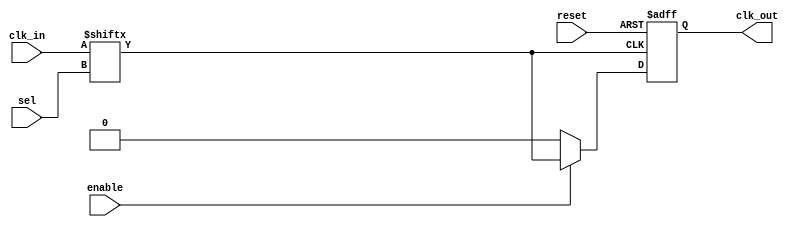
module clock_mux_buffer #(
    parameter N = 4,            // Number of clock inputs
    parameter M = 2             // Number of select lines (N = 2^M)
)(
    input  wire [N-1:0] clk_in, // Clock input signals
    input  wire [M-1:0] sel,    // Select lines
    input  wire enable,          // Enable signal
    input  wire reset,           // Optional reset signal
    output reg clk_out           // Clock output
);

    // Internal signal for the selected clock
    wire selected_clk;

    // Select the clock based on the sel lines
    assign selected_clk = clk_in[sel];

    // Always block for driving clk_out
    always @(posedge selected_clk or posedge reset) begin
        if (reset) begin
            clk_out <= 1'b0;      // Initialize to low on reset
        end else if (enable) begin
            clk_out <= selected_clk; // Drive the output with selected clock
        end else begin
            clk_out <= 1'b0;      // Hold low when not enabled
        end
    end

endmodule